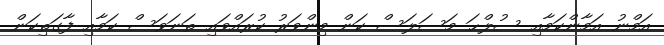
އަމްނު އަމާންކަމާއި ސުލްޙަ މަސަލަސް ކަން މިންވަރު ކުރައްވައި ތަނަވަސް ކަމާއި ފާގަތިކަން